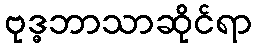
ဗုဒ္ဓဘာသာဆိုင်ရာ